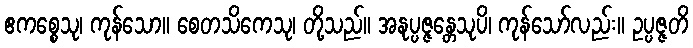
ဧကစ္စေသု၊ ကုန်သော။ စေတသိကေသု၊ တို့သည်။ အနုပ္ပဇ္ဇန္တေသုပိ၊ ကုန်သော်လည်း။ ဥပ္ပဇ္ဇတိ